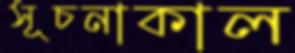
সূচনাকাল